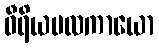
ဝီရိယဗလကာယော